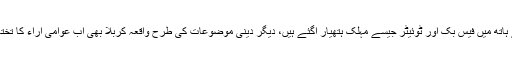
جب سے عوام کے ہاتھ میں فیس بک اور ٹوئیٹر جیسے مہلک ہتھیار آگئے ہیں، دیگر دینی موضوعات کی طرح واقعہ کربلا بھی اب عوامی آراء کا تختہ مشق بن چکا ہے۔